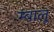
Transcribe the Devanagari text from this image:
म्बालू